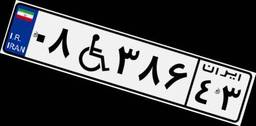
۰۸W۳۸۶۴۳